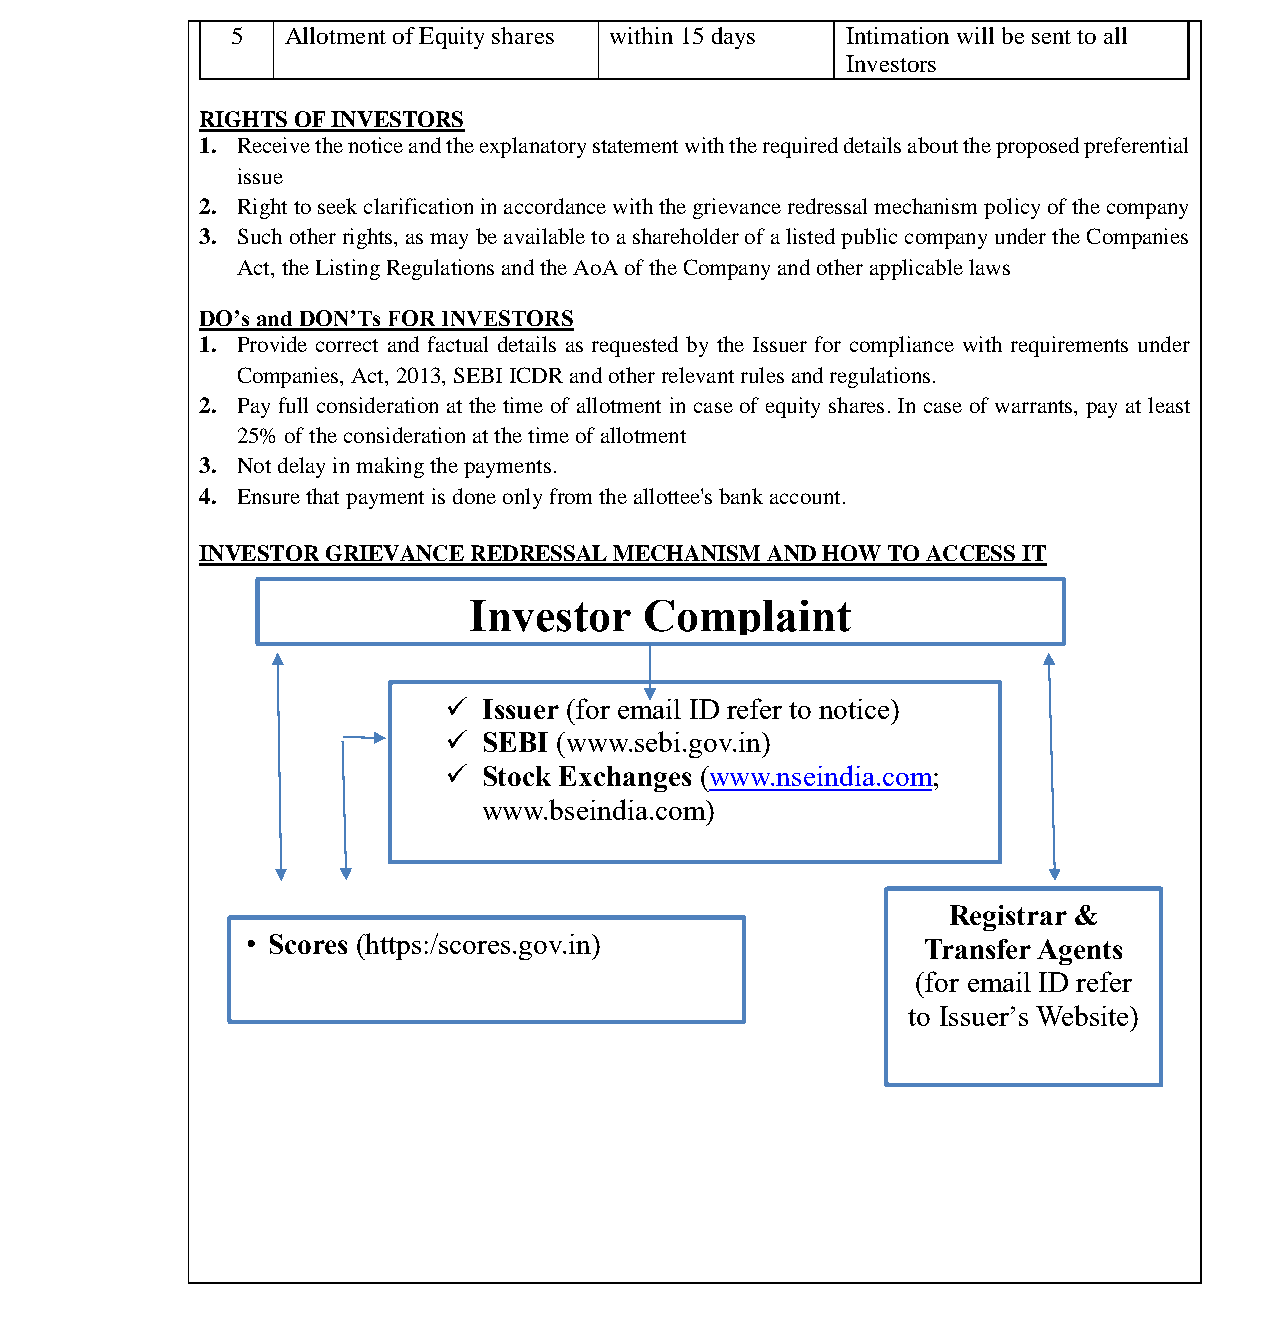
भारतीयप्रततभूततऔरवितिमयबोर्ड
 Securities and Exchange Board of India
 5   Allotment of Equity shares within 15 days Intimation will be sent to all
 Investors
 RIGHTS OF INVESTORS
 1. Receive the notice and the explanatory statement with the required details about the proposed preferential
 issue
 2. Right to seek clarification in accordance with the grievance redressal mechanism policy of the company
 3. Such other rights, as may be available to a shareholder of a listed public company under the Companies
 Act, the Listing Regulations and the AoA of the Company and other applicable laws
 DO’s and DON’Ts FOR INVESTORS
 1. Provide correct and factual details as requested by the Issuer for compliance with requirements under
 Companies, Act, 2013, SEBI ICDR and other relevant rules and regulations.
 2. Pay full consideration at the time of allotment in case of equity shares. In case of warrants, pay at least
 25% of the consideration at the time of allotment
 3. Not delay in making the payments.
 4. Ensure that payment is done only from the allottee's bank account.
 INVESTOR GRIEVANCE REDRESSAL MECHANISM AND HOW TO ACCESS IT
 Investor    Complaint
   Issuer (for email ID refer to notice)
   SEBI (www.sebi.gov.in)
   Stock Exchanges (www.nseindia.com;
 www.bseindia.com)
 Registrar &
 • Scores (https:/scores.gov.in)              Transfer Agents
 (for email ID refer
 to Issuer’s Website)
 Page 26 of 52